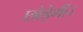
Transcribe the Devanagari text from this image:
छोड़ेगी।